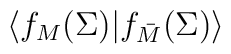
\langle f_M(\Sigma)|f_{\bar{M}}(\Sigma)\rangle